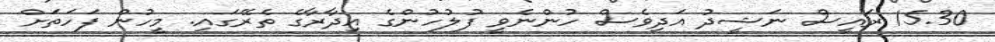
15.30 ރައީސް ނަޝީދު އަދިވެސް ހުންނެވީ ފުލުހުންގެ އިދާރާގެ ތެރޭގައި. މީހުން ފަހަތަށް